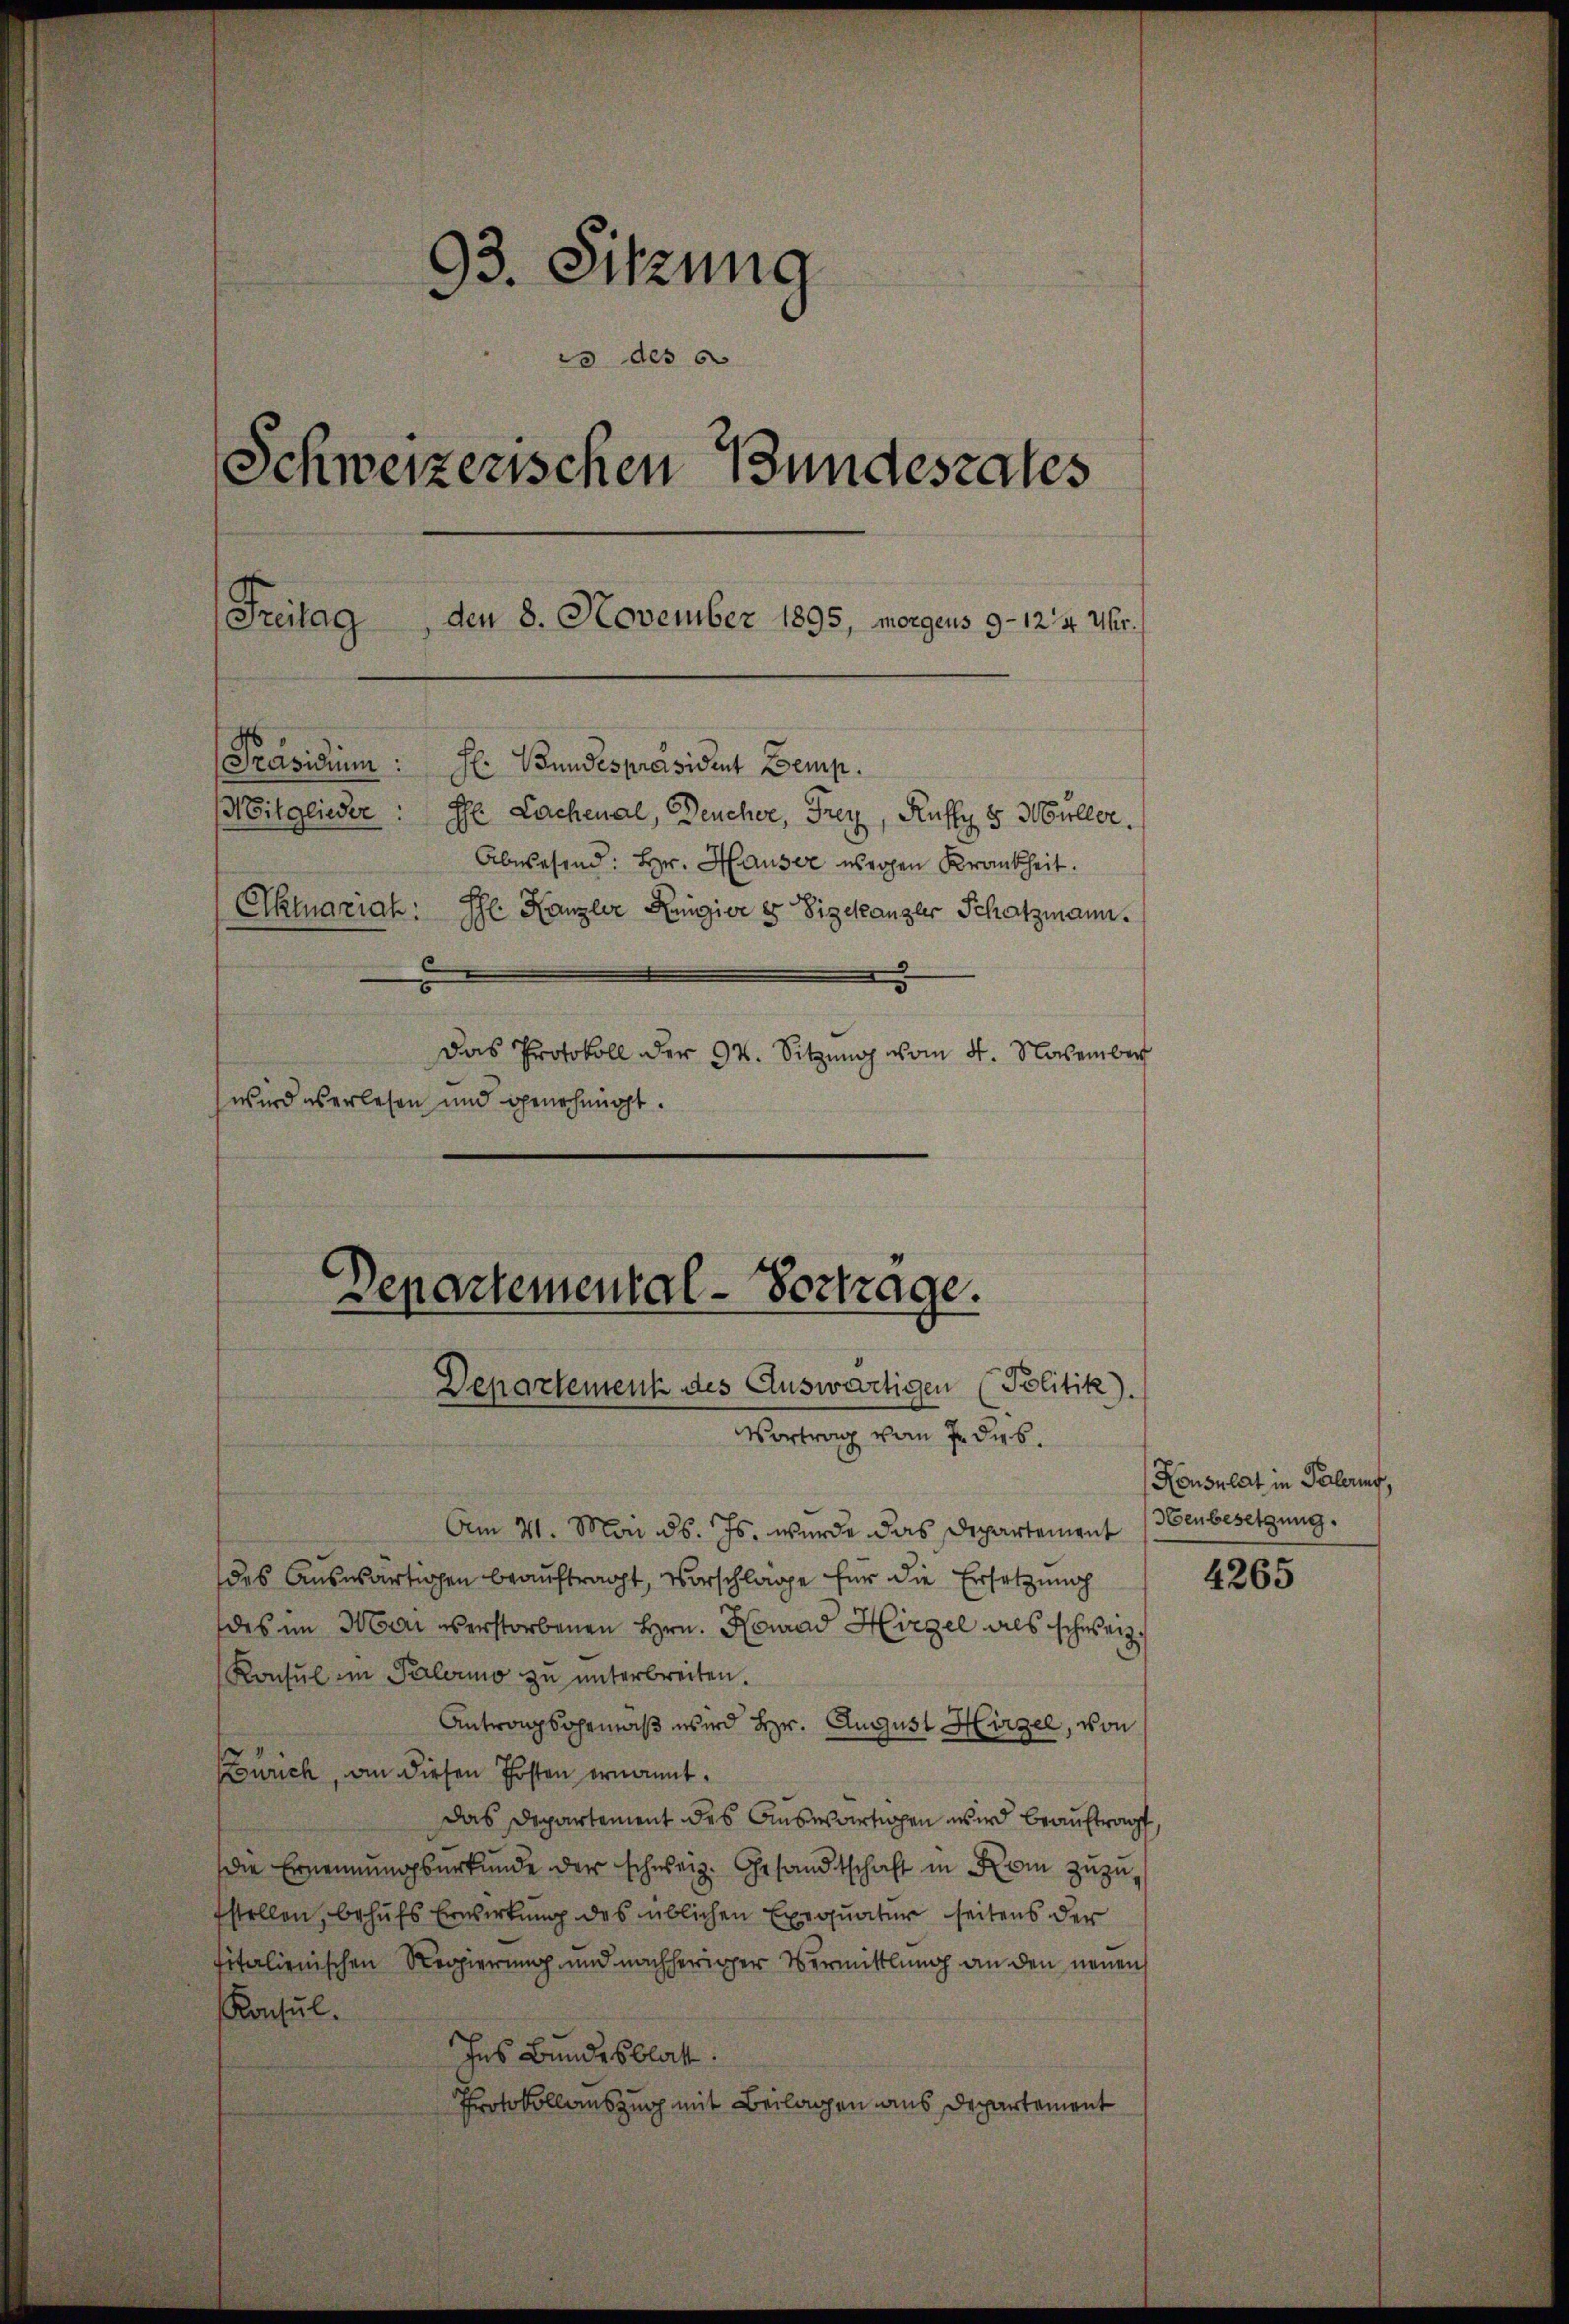
93. Sitzung
c des
Schweizerischen Bundesrates
Freitag
den 8. November 1895, morgens 9-12/4 Uhr.
e
Präsidium: H. Bundespräsident Demp.
Mitglieder: Dr. Lachenal, Deucher, Frey, Kuffy 5 Müller.
Abwesend: Hr. Hauser wegen Krankheit.
Aktuariah: Ihl Kanzler Regier es Vizekanzler Schatzmann.
5
Das Protokoll der 94. Sitzŭng vom 4. November
wird aberlesen und genehmigt.

Departemental-Vortrage.
Departement des Auswärtigen (Politik).
Vertrage von J. ders.

Am 21. Mai d. Js. wurde das Departement
des Auswärtigen beauftragt, Vorschläge für die Ersetzung
des im Mai überstorbenen Hrn. Heurad Hirzel als schweiz
Konsul im Palario zu unterbreiten.
Antragsgemäß wird Hr. August Hirzel, von
Zürich, an diesen Posten ernannt.
Das Departement des Auswärtigen wird beauftragt,
die Ernennungsurkunde der schweiz. Gesandtschaft in Rom zuzufstellen, behufs Erwirkung des üblichen Exequatur seitens der
fitalienischen Regierung und nachheriger Vermittlung an den neuen
Konsul.
hes Bundesblatt.
Protokollauszug mit Beilagen aus Departement

Konsulat in Palering,
Heubesetzung.

4265